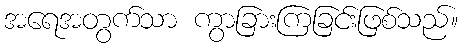
အရေအတွက်သာ ကွာခြားကြခြင်းဖြစ်သည်။